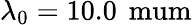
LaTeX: \lambda_{0}=10.0\, \mathrm{\ mum}